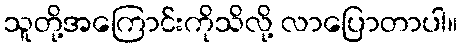
သူတို့အကြောင်းကိုသိလို့ လာပြောတာပါ။